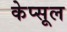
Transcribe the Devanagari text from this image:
केप्सूल